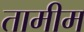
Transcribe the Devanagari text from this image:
तामीम